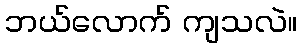
ဘယ်လောက် ကျသလဲ။